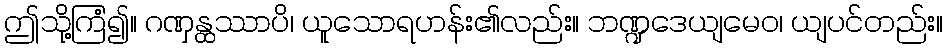
ဤသို့ကြံ၍။ ဂဏှန္ထဿာပိ၊ ယူသောရဟန်း၏လည်း။ ဘဏ္ဍဒေယျမေဝ၊ ယျပင်တည်း။